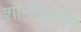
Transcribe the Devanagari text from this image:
शॉन्टेक्लीर